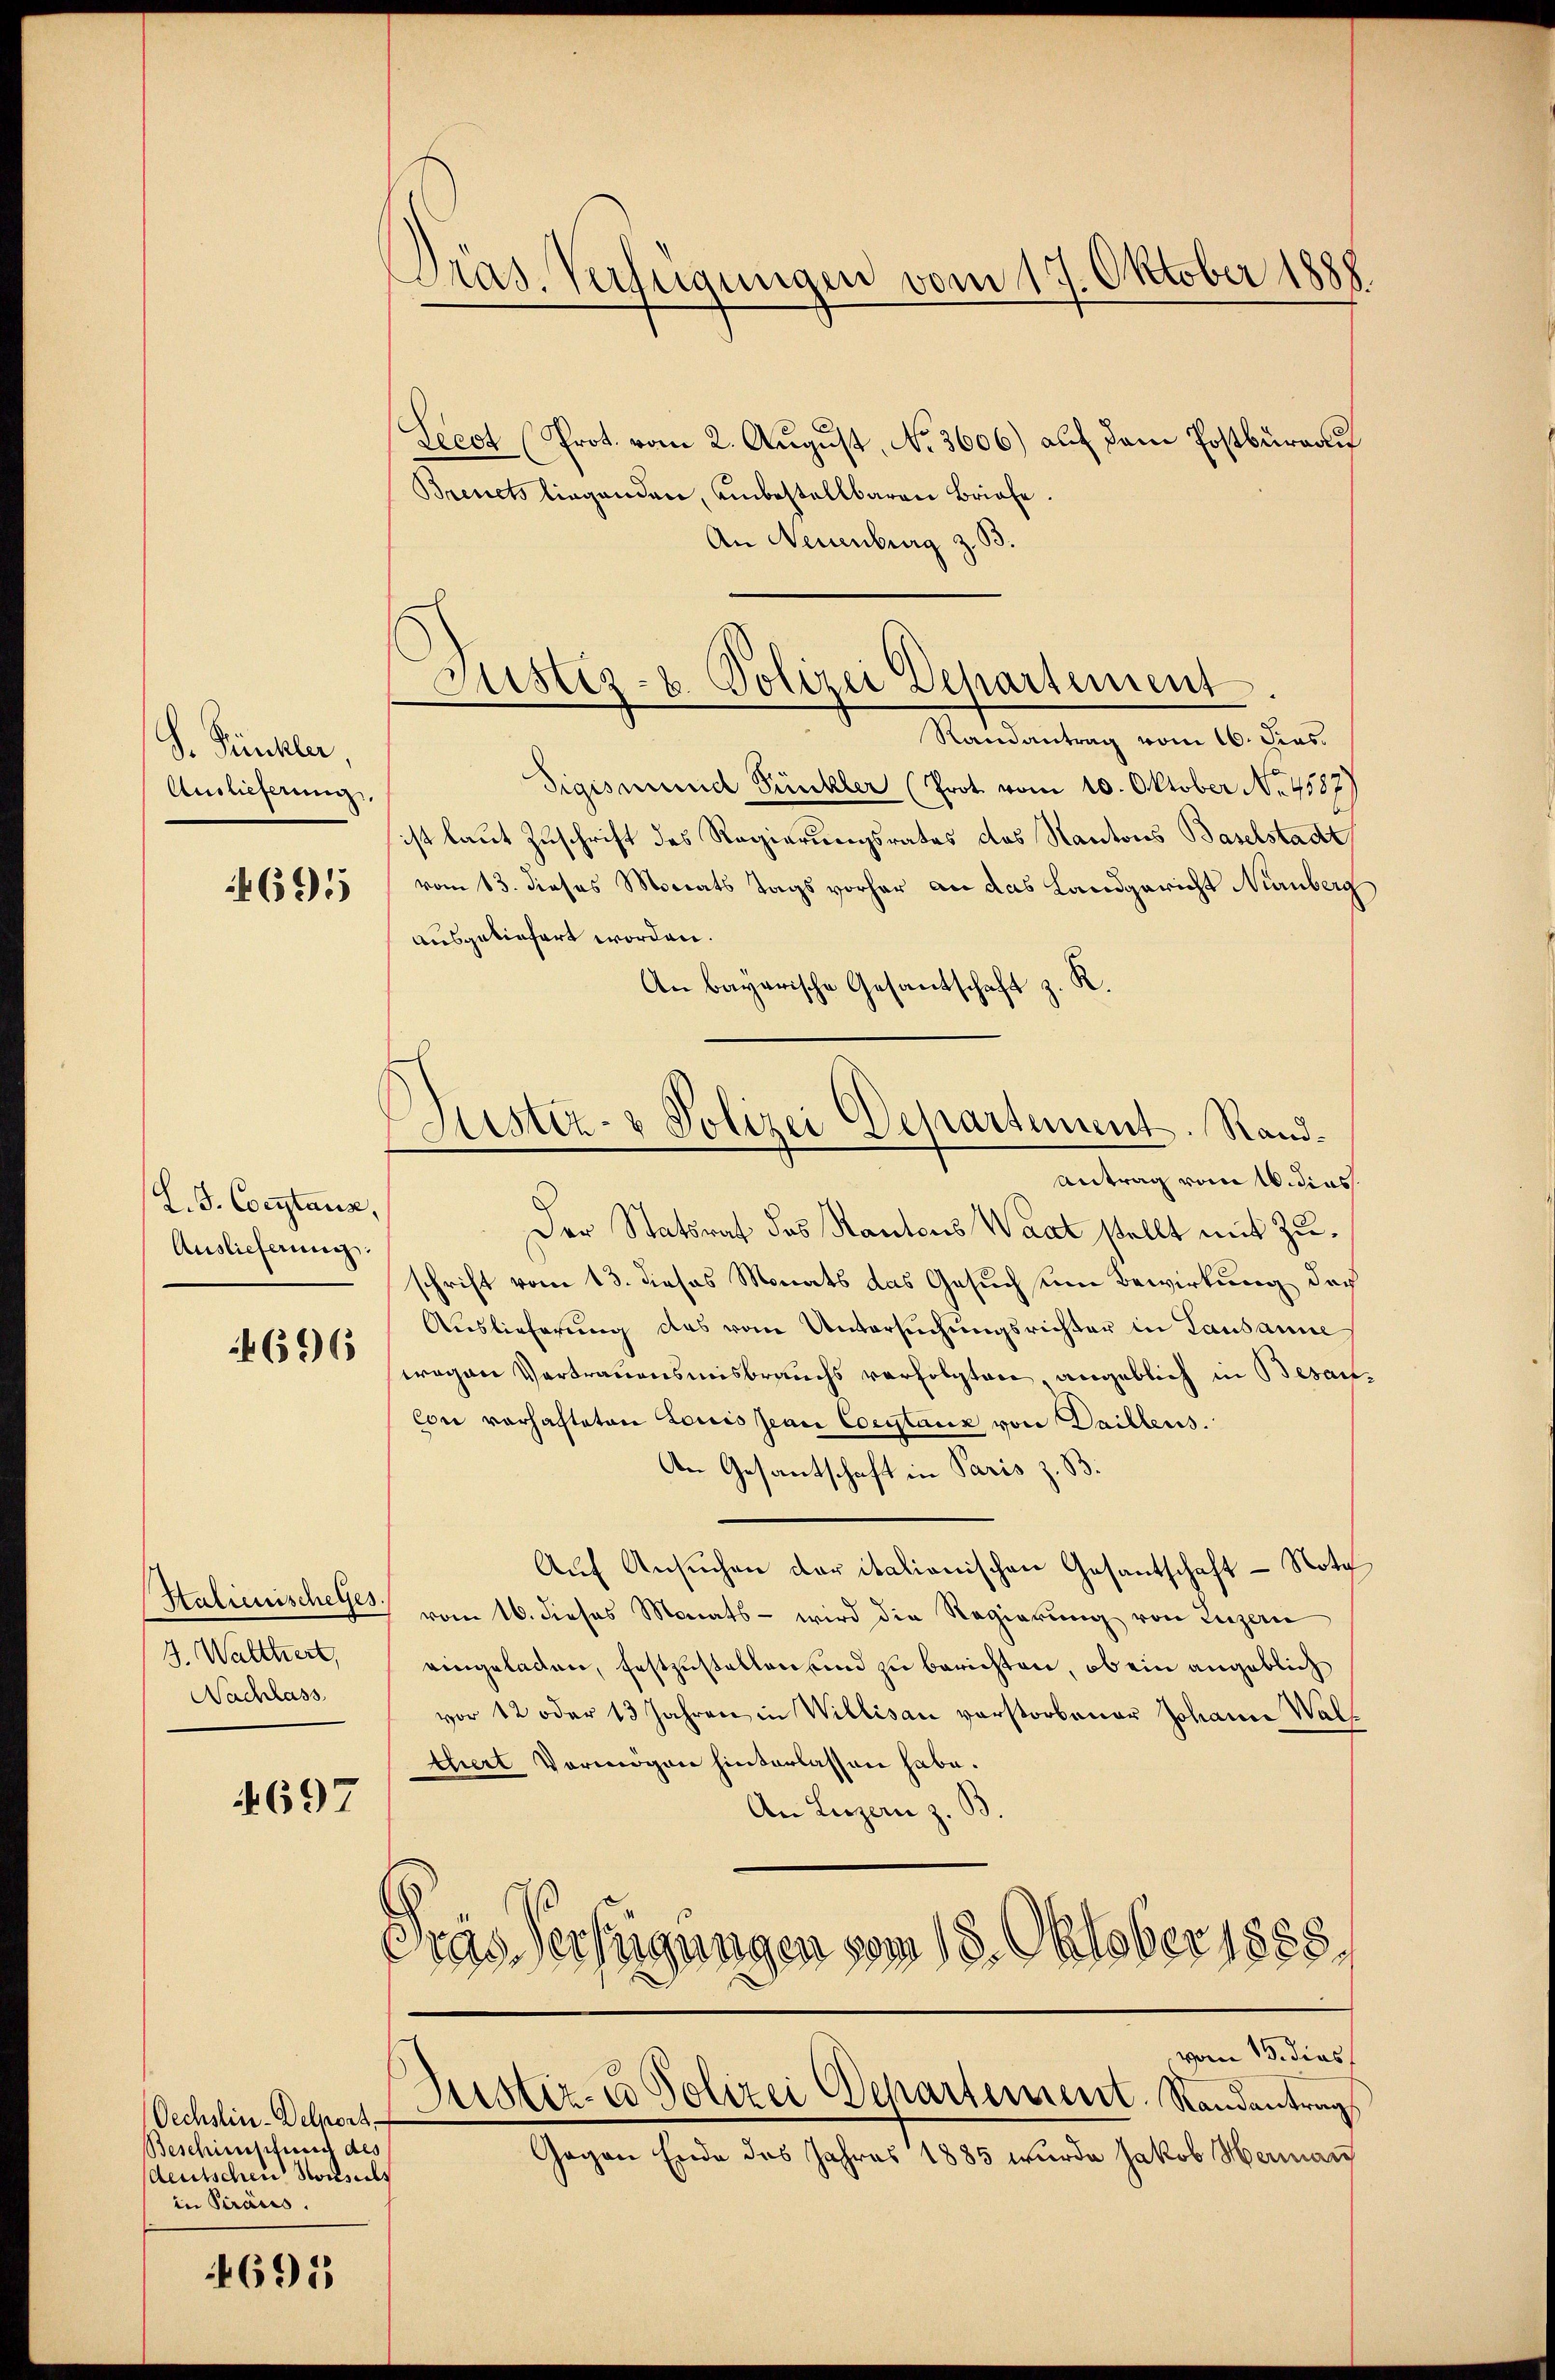
S. Pünkler,
Auslieferung
4691

L. G. Constanz,
Auslieferung

696

4. Walthert,
Nachlass

4697

Oechslin-Delport
Beschimpfung des
deutschen Konseils
in Piraus.

4695

Gras. Verfügungen vom 17. Oktober 1888

Justiz- u. Polizei Departement.

Seeot (Prot. vom 2. August, No. 3606.) auf dem Postbureau
Breuch liegenden, unbestellbaren Briefe
An Neuenburg z. B.
Randantrag vom 16. dies
Sigismund Pünkler (Prot vom 10. Oktober No. 4587)
ist laut Zuschrift des Regierungsrates des Kantons Baselstadt
vom 13. dieses Monats Tags vorher an das Landgericht Nürnberg
ausgeliefert worden.
.
An bayerische Gesandschaft z
Antrag vom Widias
Der Statsrat des Kantons Waat stellt mit Zuschrift vom 13. dieses Monats das Gesuch um Bewirkung doc
Auslieferung des vom Untersuchungsrichter in Lausanne
wegen Vertrauensmisbrauchs verfolgten, angeblich in Besan
con vorhafteten Louis Jean Coeytaux von Daillens.
An Gesantschaft in Paris z. B.
Aŭf Ansuchen der italionischen Gesantschaft - Nota
Italienischehe, vom 16. dieses Monats - wird die Regierung von Luzern
eingeladen, festzustellen und zu berichten, ob ein angeblich
vor 12 oder 13 Jahren in Willisau verstorbener Johann Walf
thert Vermögen hinterlassen habe.
An Luzern z.
Gras Verfügungen vom 18. Oktober 1888.
vom 15. dies
Justiz- & Polizei Departement Randantrag
Gegen Ende des Jahres 1885 wurde Jakob Hermann

Justiz- & Polizei Departement. Rand¬